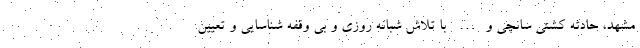
مشهد، حادثه كشتی سانچی و… با تلاش شبانه روزی و بی وقفه شناسایی و تعیین